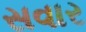
સવાર